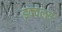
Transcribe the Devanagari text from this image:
इक्वल्स